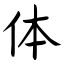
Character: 体